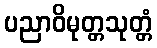
ပညာဝိမုတ္တသုတ္တံ